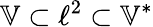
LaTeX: \mathbb{V}\subset\ell^{2}\subset\mathbb{V}^{*}